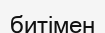
битімен